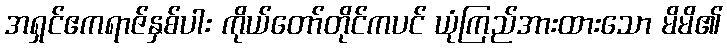
အရှင်ဧကရာဇ်နှစ်ပါး ကိုယ်တော်တိုင်ကပင် ယုံကြည်အားထားသော မိမိ၏